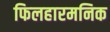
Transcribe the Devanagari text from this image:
फिलहारमनिक